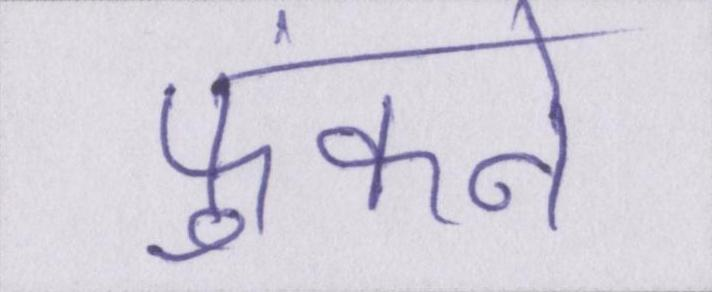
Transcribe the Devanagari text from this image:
फुंकने